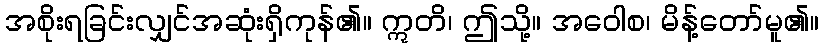
အစိုးရခြင်းလျှင်အဆုံးရှိကုန်၏။ ဣတိ၊ ဤသို့။ အဝေါစ၊ မိန့်တော်မူ၏။